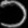
Digit: ၁